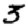
Digit: 3